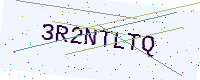
Text: 3R2NTLTQ